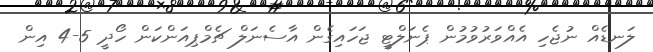
ލަނޑެއް ނުޖެހި އެއްވަރުވުމުން ޕެނަލްޓީ ޖަހައިގެން އާސެނަލް ޗެމްޕިއަންކަން ހޯދީ 5-4 އިން